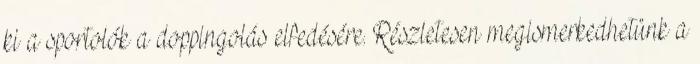
ki a sportolók a doppingolás elfedésére. Részletesen megismerkedhetünk a